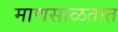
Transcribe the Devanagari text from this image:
माणसाळतात